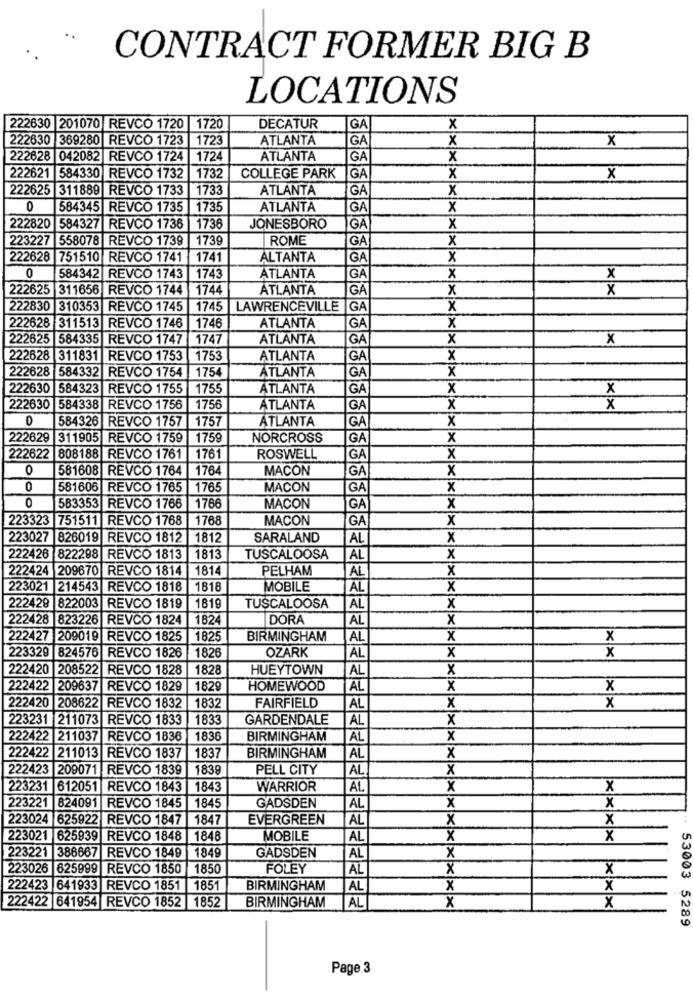
CONTRACT FORMER BIG B
LOCATIONS
222630 201070 REVCO 1720 1720
DECATUR
GA
x
222630 369280 REVCO 1723
1723
ATLANTA
GA
X
X
222628 042082 REVCO 1724 1724
ATLANTA
GA
X
222621 584330 REVCO 1732 1732
COLLEGE PARK
GA
x
X
222625 311889 REVCO 1733
1733
ATLANTA
GA
X
0
584345 REVCO 1735 1735
ATLANTA
GA
x
222820 584327 REVCO 1736 1736
JONESBORO
GA
X
223227
558078 REVCO 1739 1739
ROME
GA
x
222628 751510 REVCO 1741
1741
ALTANTA
GA
x
0
584342 REVCO 1743 1743
ATLANTA
GA
x
x
222625 311656 REVCO 1744
1744
ATLANTA
GÅ
x
X
222830 310353 REVCO 1745 1745 LAWRENCEVILLE GA
X
GA
222628 311513 REVCO 1746 1746
ATLANTA
x
222625 584335 REVCO 1747
1747
ATLANTA
GA
X
X
222628 311831 REVCO 1753
| 1753
ATLANTA
GA
X
222628 584332 REVCO 1754
1754
GA
x
ATLANTA
222630 584323 REVCO 1755
1755
ATLANTA
GA
x
X
222630 584338 REVCO 1756
1756
ATLANTA
GA
x
x
D
584326 REVCO 1757
1757
ATLANTA
X
GA
222629 311905 REVCO 1759
1759
NORCROSS
GA
x
222622 808188 REVCO 1761
1761
ROSWELL
GA
x
0
581608 REVCO 1764 1764
MACON
GA
x
581606 REVCO 1765 1765
MACON
GA
x
0
583353
REVCO 1766
1766
MACON
GA
x
223323 751511
REVCO 1768
1768
MACON
GA
X
223027 826019 REVCO 1812 1812
SARALAND
AL
x
222426 822298
REVCO 1813 |1813
TUSCALOOSA
AL
x
222424 209670 REVCO 1814 1814
PELHAM
AL
x
223021 214543 REVCO 1818
1818
MOBILE
AL
x
222428
822003 |REVCO 1819
1819
TUSCALOOSA
AL
X
222428 823226 REVCO 1824
182
DORA
AL
X
222427 209019 REVCO 1825
182
BIRMINGHAM
AL
x
X
OZARK
X
x
223329 824576
REVCO 1826
1826
AL
222420 208522 REVCO 1828
1828
HUEYTOWN
AL
X
222422 209637 REVCO 1829
182
HOMEWOOD
AL
x
x
222420
208622
REVCO 1832
1832
FAIRFIELD
AL
X
x
223231 211073 REVCO 1833
1833
GARDENDALE
AL
X
222422 211037 REVCO 1836
1838
BIRMINGHAM
AL
x
222422
211013 REVCO 1837
1837
BIRMINGHAM
AL
x
222423 209071 REVCO 1839
1 1838
PELL CITY
AL
X
223231 612051 REVCO 1843 1843
WARRIOR
AL.
X
X
223221 824091 |REVCO 1845
1845
GADSDEN
AL
x
x
223024 625922 REVCO 1847
1847
EVERGREEN
AL
x
x
223021 625939 REVCO 1848
1848
MOBILE
AL
X
X
U
X
223221
386667 REVCO 1849 1849
GADSDEN
AL
223026
625999 REVCO 1850
1850
FOLEY
AL
x
X
222423 641933 REVCO 1851 |1851
BIRMINGHAM
AL
x
x
BIRMINGHAM
AL
U
222422 641954 REVCO 1852 1852
x
X
53003 5289
Page 3